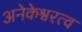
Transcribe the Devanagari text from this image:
अनेकेश्वरत्व